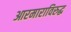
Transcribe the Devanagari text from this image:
आरमाराविरुद्ध